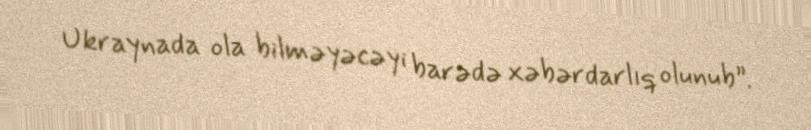
Ukraynada ola bilməyəcəyi barədə xəbərdarlıq olunub”.